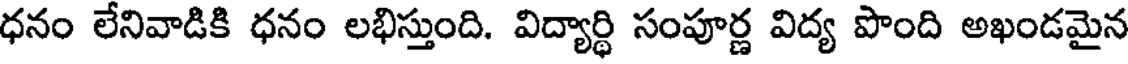
ధనం లేనివాడికి ధనం లభిస్తుంది. విద్యార్థి సంపూర్ణ విద్య పొంది అఖండమైన